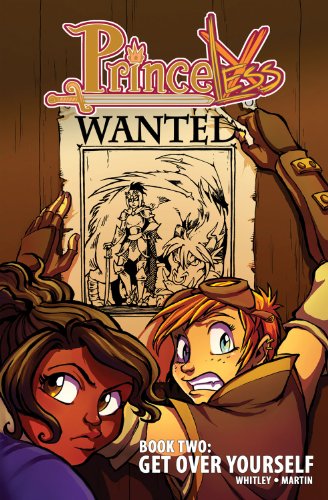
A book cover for Princeless, Book 2: Get Over Yourself; Jeremy Whitley; Comics & Graphic Novels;